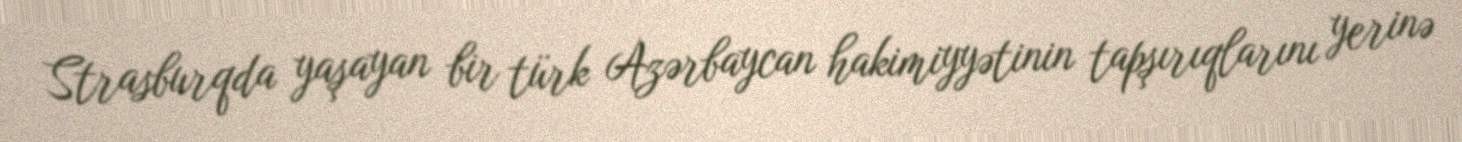
Strasburqda yaşayan bir türk Azərbaycan hakimiyyətinin tapşırıqlarını yerinə